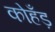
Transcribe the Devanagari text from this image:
कोहँड़